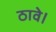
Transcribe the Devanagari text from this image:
ठावे।